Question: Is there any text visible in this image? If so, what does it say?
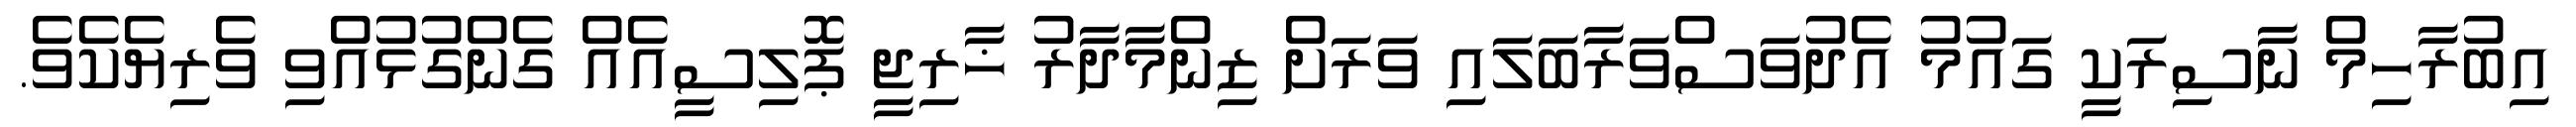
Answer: އިބުރާހިމް ނާސިރަކީ ގައުމު އެދުވަސްވަރާބަލައި ވަރަށް ޒިންމާދާރު ޚާރިޖީ ޕޮލިސީއެއް ގެންގުޅުއްވި ވެރިޔެކެވެ.